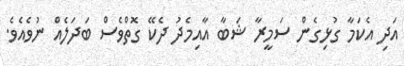
އަދި އެކަމާ ގުޅިގެން ސަމީރާ ޝަބާ އާއިމެދު ދެކޭ ގޮތްވެސް ބަދަލެއް ނުވެއެވެ.